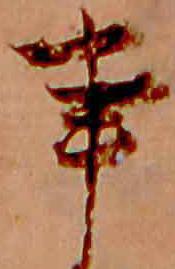
事